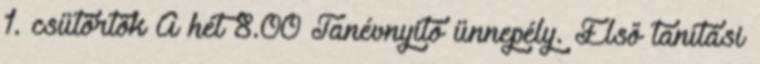
1. csütörtök A hét 8.00 Tanévnyitó ünnepély. Első tanítási